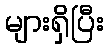
များရှိပြီး